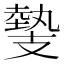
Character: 𢻝